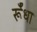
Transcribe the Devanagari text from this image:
र्रूँधा